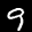
Label: 9